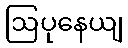
ဩပုနေယျ